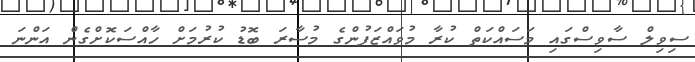
ސިވިލް ސާވިސްގައި މަސައްކަތް ކުރާ މުވައްޒަފުންގެ މުސާރަ ބޮޑު ކުރުމަށް ހާއްސަކޮށްގެން އަންނަ